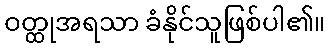
ဝတ္ထုအရသာ ခံနိုင်သူဖြစ်ပါ၏။